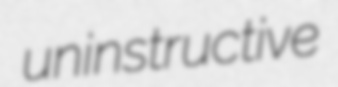
uninstructive